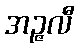
အဉ္ဇလီ